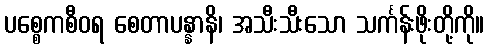
ပစ္စေကစီဝရ စေတာပန္နာနိ၊ အသီးသီးသော သင်္ကန်းဖိုးတို့ကို။